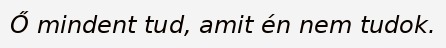
Ő mindent tud, amit én nem tudok.